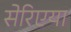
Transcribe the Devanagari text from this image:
सेरिएया